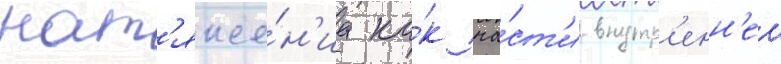
нат'яже́н'иа ка́к ча́ст'и внутр'енн'еи